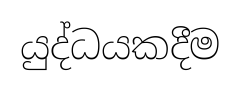
යුද්ධයකදීම